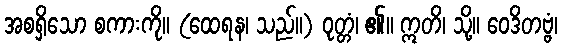
အစရှိသော စကားကို။ (ထေရန၊ သည်။) ဝုတ္တံ၊ ၏။ ဣတိ၊ သို့။ ဝေဒိတဗ္ဗံ၊